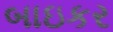
બાઇકર